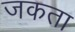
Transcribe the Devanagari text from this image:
जकता